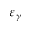
\varepsilon _ { \gamma }